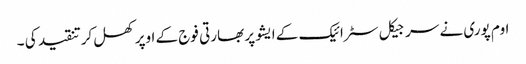
اوم پوری نے سرجیکل سٹرائیک کے ایشو پر بھارتی فوج کے اوپر کھل کرتنقید کی ۔